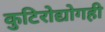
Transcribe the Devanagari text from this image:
कुटिरोद्योगही